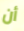
أن